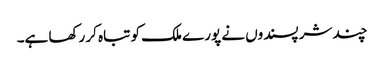
چند شر پسندوں نے پورے ملک کو تباہ کر رکھا ہے۔